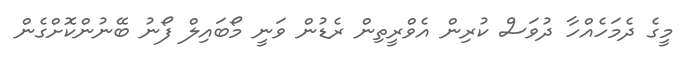
މީގެ ދެމަހެއްހާ ދުވަސް ކުރިން އެވްރީތިން ރެޑުން ވަނީ މޯބައިލް ފޯނު ބޭނުންކޮށްގެން